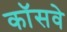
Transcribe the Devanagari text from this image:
कॉसवे